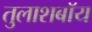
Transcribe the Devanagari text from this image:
तुलाशबॉय